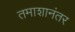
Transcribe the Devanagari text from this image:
तमाशानंतर